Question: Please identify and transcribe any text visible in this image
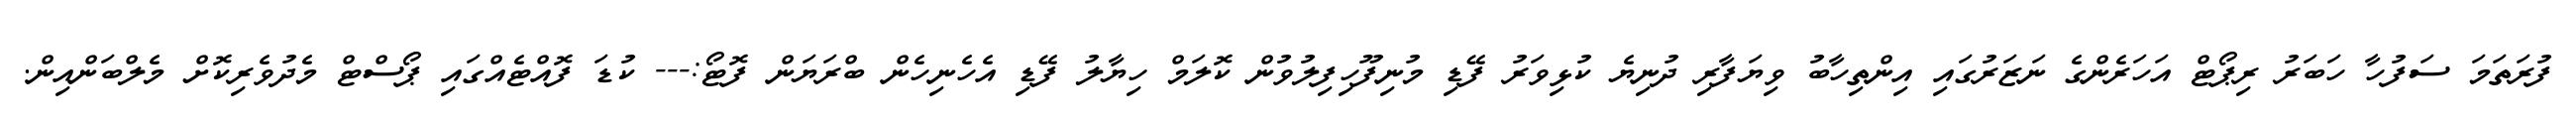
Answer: ފުރަތަމަ ސަފުހާ ހަބަރު ރިޕޯޓް އަހަރެންގެ ނަޒަރުގައި އިންތިހާބު ވިޔަފާރި ދުނިޔެ ކުޅިވަރު ފޭޑި މުނިފޫހިފިލުވުން ކޮލަމް ހިޔާލު ފޭޑި އެހެނިހެން ބްރަޔަން ފޮޓޯ:--- ކުޑަ ފޮއްޓެއްގައި ޕޯސްޓް މެދުވެރިކޮށް މެލްބަންއިން.